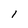
Character: 1